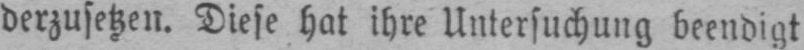
derzusetzen. Diese hat ihre Untersuchung beendigt